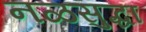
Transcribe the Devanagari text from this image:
नळसुद्धा